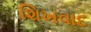
શિખવાદ